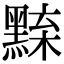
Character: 𪑘